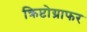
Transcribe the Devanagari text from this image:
क्रिप्टोग्राफर